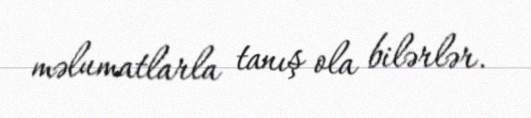
məlumatlarla tanış ola bilərlər.